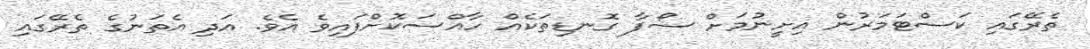
ތެރޭގައި ކަސްޓަމަރުން އިށީނުމަށް ސޯފާ ގޮނޑިތަކެއް ހާއްސަކޮށްފައިވެ އެވެ. އަދި އެތަނުގެ ތެރޭގައި